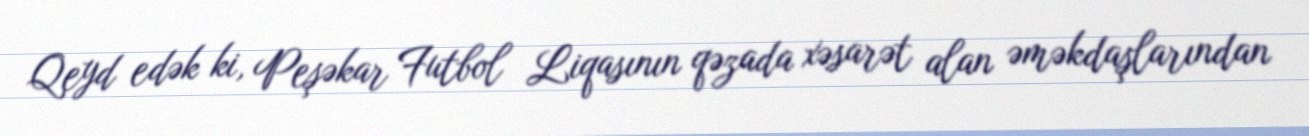
Qeyd edək ki, Peşəkar Futbol Liqasının qəzada xəsarət alan əməkdaşlarından